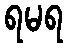
ရမရ